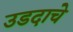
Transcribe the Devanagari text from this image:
उडदाचे